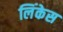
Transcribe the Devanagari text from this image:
लिंकेस